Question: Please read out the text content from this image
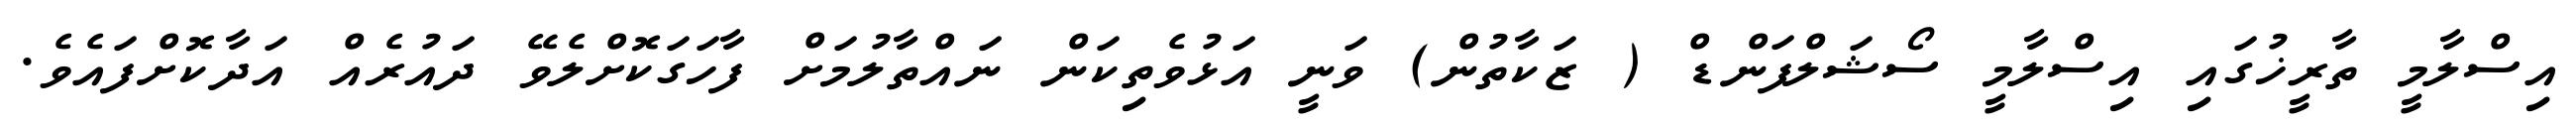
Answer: އިސްލާމީ ތާރީޚުގައި އިސްލާމީ ސޯޝަލްފަންޑް ( ޒަކާތުން) ވަނީ އަޅުވެތިކަން ނައްތާލުމަށް ފާހަގަކޮށްލެވޭ ދައުރެއް އަދާކޮށްފައެވެ.